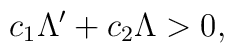
c_{1}\Lambda'+c_{2}\Lambda >0,